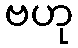
ဗဟု